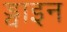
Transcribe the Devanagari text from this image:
ड्वाइन